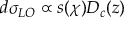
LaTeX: d \sigma _ { L O } \propto s ( \chi ) D _ { c } ( z )